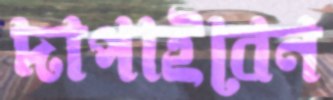
দাপাইবেন